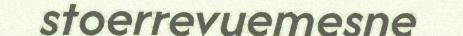
stoerrevuemesne